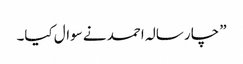
” چار سالہ احمد نے سوال کیا۔